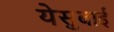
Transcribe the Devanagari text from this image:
येसुबाई